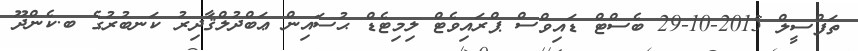
ތަފްސީލް 2015-10-29 ބެސްޓް ޑައިވްސް ޕްރައިވެޓް ލިމިޓެޑް ޙުސައިން ޢަބްދުލްޤާދިރު ކަނބުރުގެ ބ.ކެންދޫ